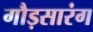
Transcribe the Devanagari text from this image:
गौड़सारंग